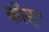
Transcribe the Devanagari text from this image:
कोंसुल